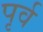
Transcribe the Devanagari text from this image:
पृर्व